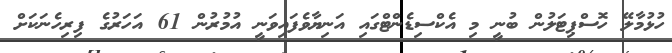
ހުޅުމާލޭ ހޮސްޕިޓަލުން ބުނީ މި އެކްސިޑެންޓްގައި އަނިޔާވެފައިވަނީ އުމުރުން 61 އަހަރުގެ ފިރިހެނަކަށް